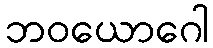
ဘဝယောဂေါ